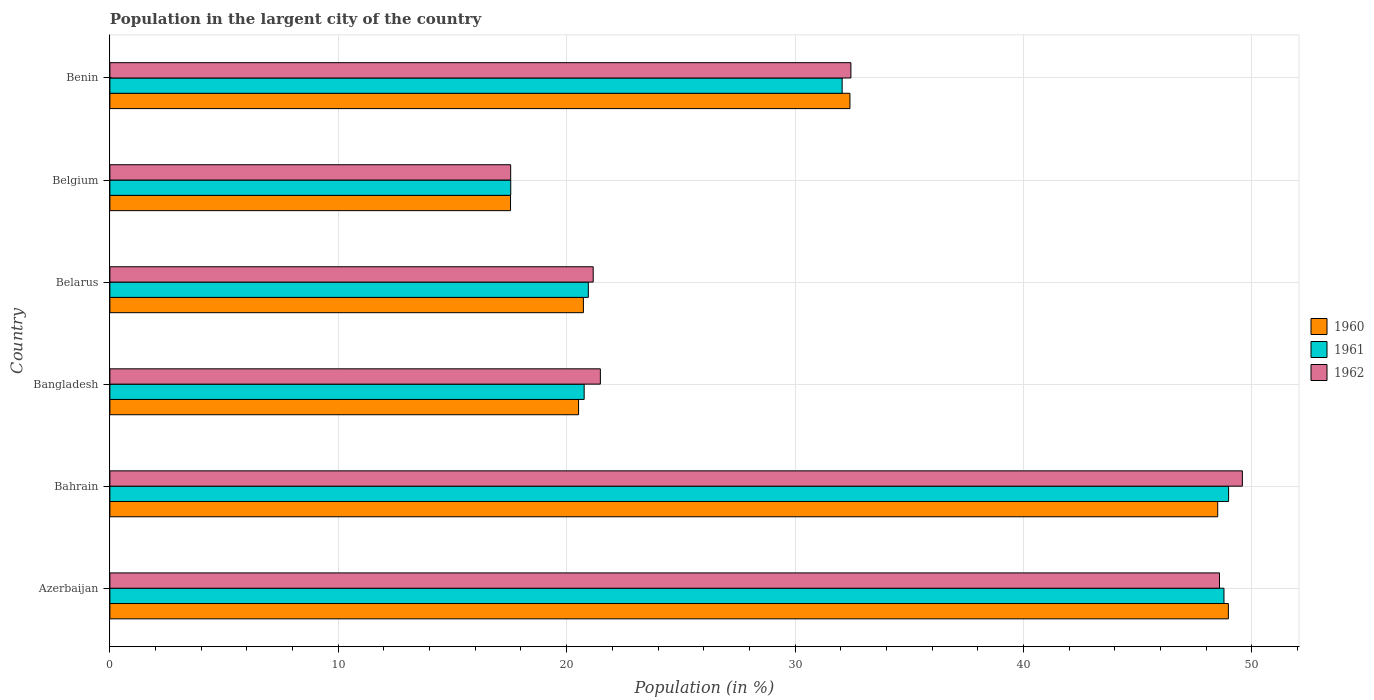
| Country | 1960 | 1961 | 1962 |
 | --- | --- | --- | --- |
 | Azerbaijan | 49 | 48.8 | 48.6 |
 | Bahrain | 48.5 | 49 | 49.6 |
 | Bangladesh | 20.5 | 20.8 | 21.5 |
 | Belarus | 20.7 | 20.9 | 21.2 |
 | Belgium | 17.5 | 17.6 | 17.5 |
 | Benin | 32.4 | 32.1 | 32.4 |